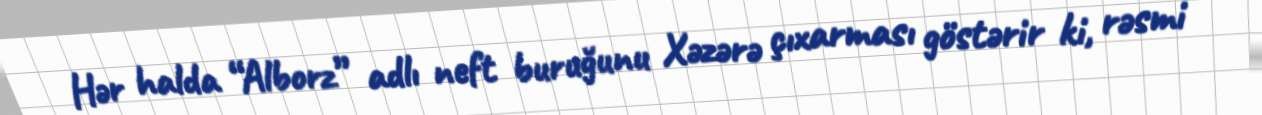
Hər halda “Alborz” adlı neft buruğunu Xəzərə çıxarması göstərir ki, rəsmi